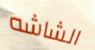
الشاشه